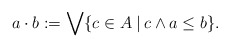
\begin{align*}a\cdot b:=\bigvee\{c\in A\:|\:c\wedge a\le b\}.\end{align*}